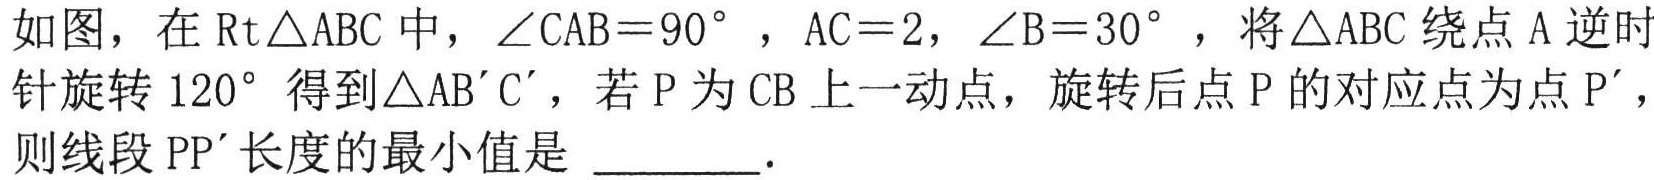
如图，在$\text{Rt}\triangle \text{ABC}$中，$\angle \text{CAB}=90^{\circ }$，$\text{AC}=2$，$\angle \text{B}=30^{\circ }$，将$\triangle \text{ABC}$绕点$\text{A}$逆时针旋转$120^{\circ }$得到$\triangle \text{AB}'\text{C}'$，若$\text{P}$为$\text{CB}$上一动点，旋转后点$\text{P}$的对应点为点$\text{P}'$，则线段$\text{PP}'$长度的最小值是 \_\_\_\_\_．